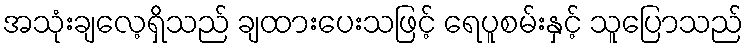
အသုံးချလေ့ရှိသည် ချထားပေးသဖြင့် ရေပူစမ်းနှင့် သူပြောသည်